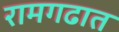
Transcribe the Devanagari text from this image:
रामगढात